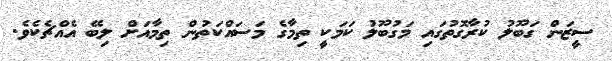
ސީޒަން ގަބޫލު ކުރާގޮތުގައި މަގުބޫލު ކަމަކީ ތިމާގެ މަސައްކަތުން ތިމާއަށް ލިބޭ އެއްޗެކެވެ.